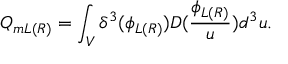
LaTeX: Q _ { m L ( R ) } = \int _ { V } \delta ^ { 3 } ( \phi _ { L ( R ) } ) D ( \frac { \phi _ { L ( R ) } } u ) d ^ { 3 } u .